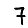
Digit: 7